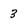
Character: 3